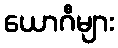
ယောဂီများ